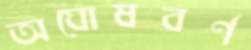
অঘোষবর্ণ